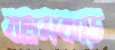
বল্লমঝাড়